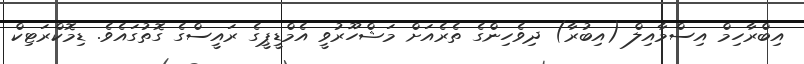
އިބްރާހިމް އިސްމާއިލް (އިބުރާ) ދިވެހިންގެ ތެރެއަށް މަޝްހޫރުވީ އެމްޑީޕީގެ ރައީސްގެ ގޮތުގައެވެ. ޑިމޮކްރަޓިކް